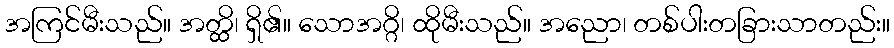
အကြင်မီးသည်။ အတ္ထိ၊ ရှိ၏။ သောအဂ္ဂိ၊ ထိုမီးသည်။ အညော၊ တစ်ပါးတခြားသာတည်း။